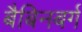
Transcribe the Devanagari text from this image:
बैबिनबर्ग